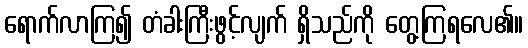
ရောက်လာကြ၍ တံခါးကြီးဖွင့်လျက် ရှိသည်ကို တွေ့ကြရလေ၏။